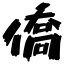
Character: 僑